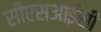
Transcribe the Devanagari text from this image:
सीएसआईसी